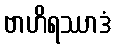
ဗာဟိရဿာဒံ